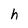
Character: h